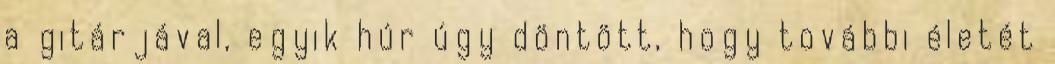
a gitárjával, egyik húr úgy döntött, hogy további életét